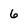
Character: 6